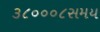
૩૮૦૦૦૮સમય